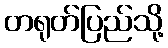
တရုတ်ပြည်သို့